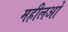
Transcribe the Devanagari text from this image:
महीलओ